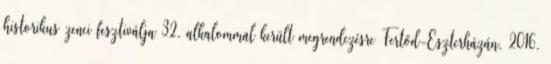
historikus zenei fesztiválja 32. alkalommal került megrendezésre Fertőd-Eszterházán, 2016.